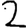
Digit: 2